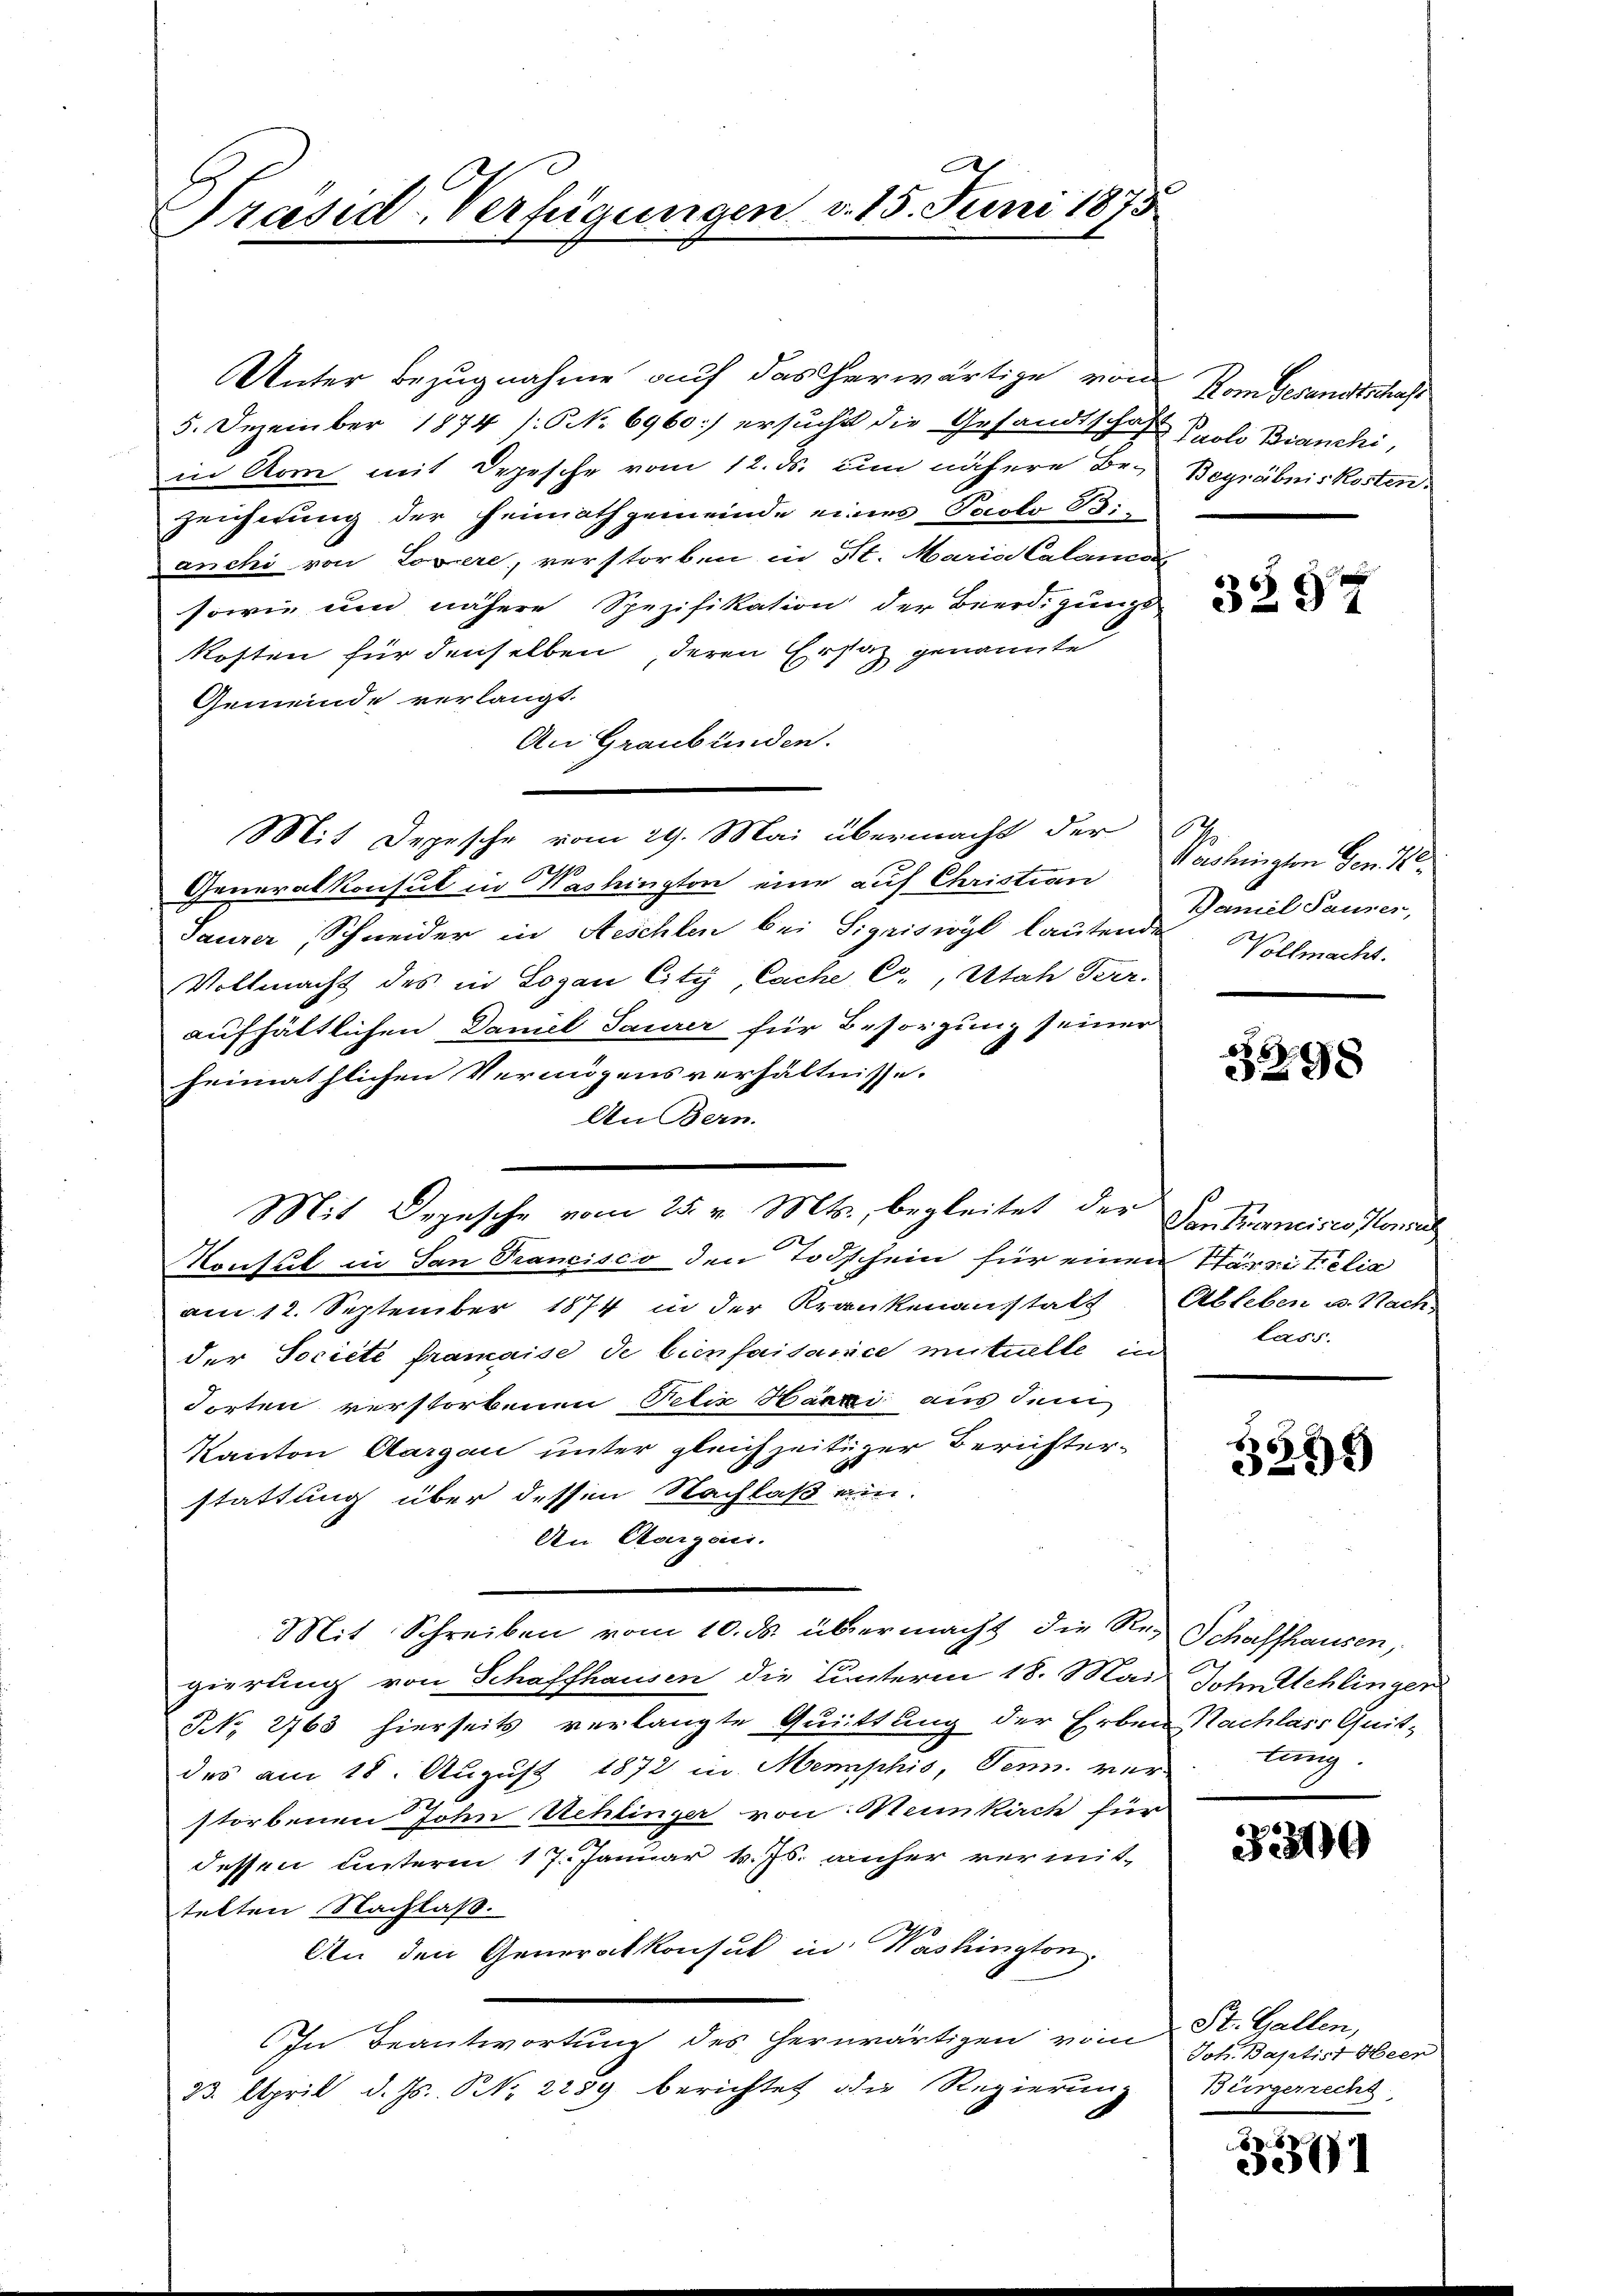
Präsid-Verfügungen v. 15. Juni 1875

Unter Bezugnahme auf das herwärtige von
5. Dezember 1874 (: No 6960) ersucht die Gesandtschaft Prolo Bianchi,
in Rom mit Depesche vom 12. ds. um nähere Bezeichnung der Heimathgemeinde eines Paolo B:
anchi von Lopere, verstorben in St. Maria Calancos
sowie um nähere Spezifikation der Beerdigungs
kosten für denselben deren Ersatz genannte
Gemeinde verlangt.
An Graubünden.
Mit Depesche vom 29. Mai übermacht der
Generalkonsul in Washington eine auf Christian
Saurer, Schneider in Aeschlen bei Sigriswyl lautende
Vollmacht des in Logan City, Cache C., Utah Perr-
aufhältlichen Daniel Saurer für Besorgung seiner
heimathlichen Vermögensverhältnisse.
An Bern.
Konsul in San Francisco den Todschein für einen Harsi tilia
am 12. September 1874 in der Krankenausstatt
der Société framaise de bienfaisance mutuelle in
Ierten verstorbenen Petir Harri aus dem
Kanton Aargau unter gleichzeitiger Berichterstattung über dessen Nachlaß ein-
An Aargaui.
Mit Schreiben vom 10. ds. übermacht die Reg Schaffhausen,
gierung von Schaffhausen die Unterm 18. Mai John schlinger
NNo. 2763 hierseits verlangte Quittung der Erben Nachlass Quit-
des am 18. August 1872 in Memphis, Senn ver-
storbenen John Schlinger von Meunkirch für
dessen unterm 17. Januar v. Js. anher vermit-
telten Nachlaß.
An den Generalkonsul in Washington
In Beantwortung des herwärtigen vom
33. April d. Js. N. 2289 berichtet die Regierung

Mit Depesche vom 25. v. Mts., begleitet der Senkranciscostail

Kom Gesandtschaft
Begräbniskosten.

3292

s
Washingten Gen.
Baniel Sauser,
Vollmacht.

85
298

Ableben u. Nach-
lass.

595

lung.

32300

334

St. Gallen,
Joh. Baptist Heer
Bürgerrechs